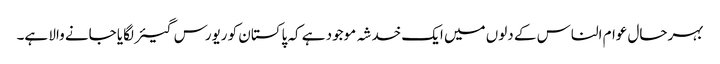
بہرحال عوام الناس کے دلوں میں ایک خدشہ موجود ہے کہ پاکستان کو ریورس گیئر لگایا جانے والا ہے۔